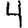
Digit: 4